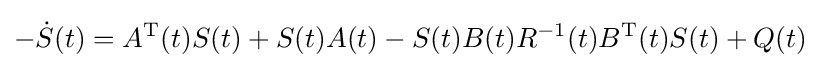
-{\dot {S}}(t)=A^{\mathrm {T} }(t)S(t)+S(t)A(t)-S(t)B(t)R^{-1}(t)B^{\mathrm {T} }(t)S(t)+Q(t)